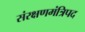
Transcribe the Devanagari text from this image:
संरक्षणमंत्रिपद